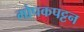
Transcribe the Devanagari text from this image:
गोपकपट्टन